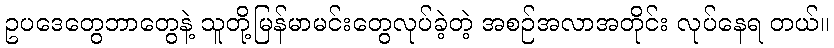
ဥပဒေတွေဘာတွေနဲ့ သူတို့မြန်မာမင်းတွေလုပ်ခဲ့တဲ့ အစဉ်အလာအတိုင်း လုပ်နေရ တယ်။